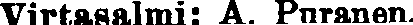
Virtasalmi: A. Puranen.